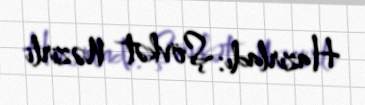
Hazırladı: Şövkət Nəzirli